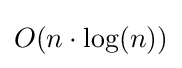
O(n\cdot \log(n))